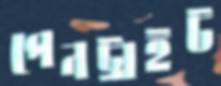
পেনট্রাইট